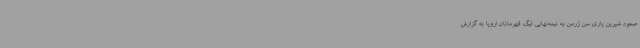
صعود شیرین پاری سن ژرمن به نیمه‌نهایی لیگ قهرمانان اروپا به گزارش